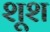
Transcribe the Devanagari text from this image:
शूश